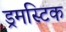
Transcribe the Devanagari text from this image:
ड्रमस्टिक